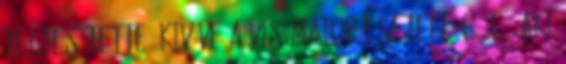
teljesítette, kivéve a vis maior eseteit; c. c. aki